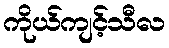
ကိုယ်ကျင့်သီလ